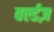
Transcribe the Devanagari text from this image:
वर्ल्डज़